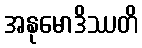
အနုမောဒိဿတိ